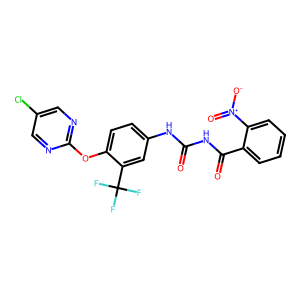
SMILES: O=C(NC(=O)c1ccccc1[N+](=O)[O-])Nc1ccc(Oc2ncc(Cl)cn2)c(C(F)(F)F)c1
Inhibits HIV replication: No